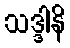
သဒ္ဒါနိ